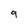
Character: 9